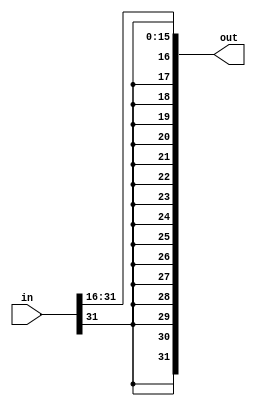
module sra16(out, in);
    input [31:0] in;
    output [31:0] out;
    
    assign out[31] = in[31];
    assign out[30] = in[31];
    assign out[29] = in[31];
    assign out[28] = in[31];
    assign out[27] = in[31];
    assign out[26] = in[31];
    assign out[25] = in[31];
    assign out[24] = in[31];
    assign out[23] = in[31];
    assign out[22] = in[31];
    assign out[21] = in[31];
    assign out[20] = in[31];
    assign out[19] = in[31];
    assign out[18] = in[31];
    assign out[17] = in[31];
    assign out[16] = in[31];

    assign out[15:0] = in[31:16];

endmodule